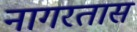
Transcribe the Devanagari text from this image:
नागरतास